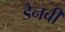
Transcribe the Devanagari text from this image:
डेनबी